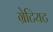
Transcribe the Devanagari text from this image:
ग्रेटियट